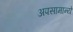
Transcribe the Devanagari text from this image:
अपसामान्ये